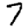
Digit: 7